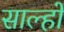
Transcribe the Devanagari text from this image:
साल्हों